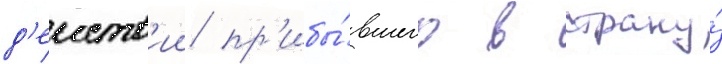
д'еиств'ии пр'ибы́вшего в страну́